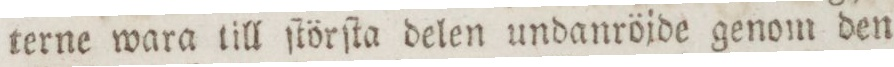
terne wara till ſtörſta delen undanröjde genom den